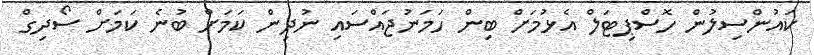
ކައުންސިލުން ހޮސްޕިޓަލް އެޅުމަށް ބިން ހަމަނުޖައްސައި ނުދިން ކަމަށް ބުނެ ކަމަށް ސޯދިގް